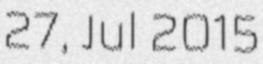
27, Jul 2015